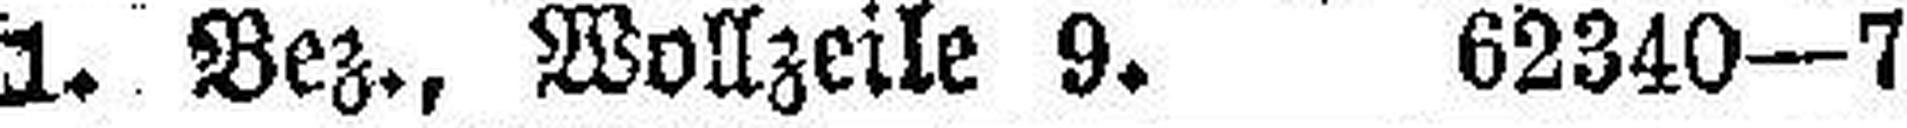
1. Bez., Wollzeile 9. 62340—7